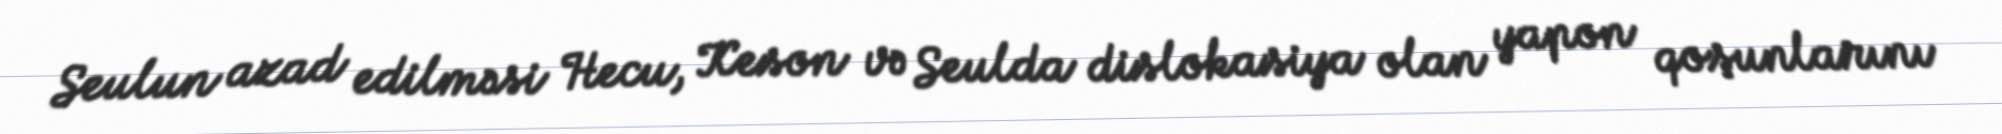
Seulun azad edilməsi Hecu, Keson və Seulda dislokasiya olan yapon qoşunlarını